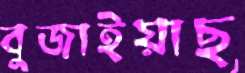
বুজাইয়াছ